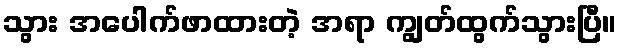
သွား အပေါက်ဖာထားတဲ့ အရာ ကျွတ်ထွက်သွားပြီ။